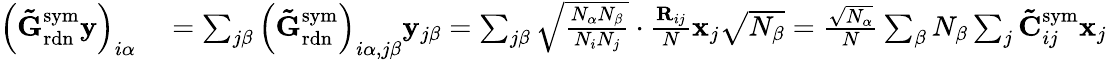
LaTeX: \begin{array}{rl}{\left(\mathbf{\tilde{G}}_{\mathrm{rdn}}^{\mathrm{sym}}\mathbf{y}\right)_{i\alpha}}&{{}=\sum_{j\beta}\left(\mathbf{\tilde{G}}_{\mathrm{rdn}}^{\mathrm{sym}}\right)_{i\alpha,j\beta}\mathbf{y}_{j\beta}=\sum_{j\beta}\sqrt{\frac{N_{\alpha}N_{\beta}}{N_{i}N_{j}}}\cdot\frac{\mathbf{R}_{ij}}{N}\mathbf{x}_{j}\sqrt{N_{\beta}}=\frac{\sqrt{N_{\alpha}}}{N}\sum_{\beta}N_{\beta}\sum_{j}\mathbf{\tilde{C}}_{ij}^{\mathrm{sym}}\mathbf{x}_{j}}\end{array}